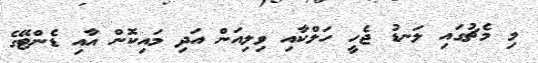
މި މެޗުގައި ލަނޑު ޖެހީ ހަލްކާއި ވިލިއަން އަދި މައިކޮން އާއި ޑެންޓޭގެ